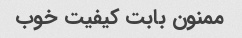
ممنون بابت کیفیت خوب